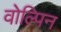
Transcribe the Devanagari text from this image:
वोल्पिन